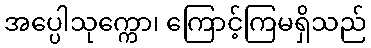
အပ္ပေါသုက္ကော၊ ကြောင့်ကြမရှိသည်